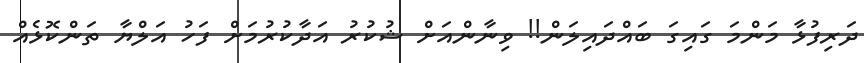
ދަރިފުޅާ މަންމަ ގައިގަ ބައްދައިލަން!! ވިނާންއަށް ޝުކުރު އަދާކުރުމަށް ފަހު އަލްޔާ ތަންކޮޅެއް